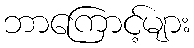
ဘာကြောင့်များ